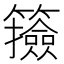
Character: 籡